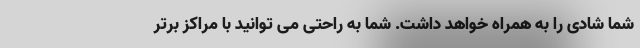
شما شادی را به همراه خواهد داشت. شما به راحتی می توانید با مراکز برتر